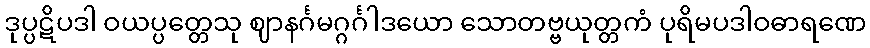
ဒုပ္ပဋိပဒါ ဝယပ္ပတ္တေသု ဈာနင်္ဂမဂ္ဂင်္ဂါဒယော သောတဗ္ဗယုတ္တကံ ပုရိမပဒါဝဓာရဏေ